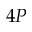
4 P